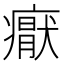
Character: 𭼩